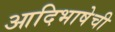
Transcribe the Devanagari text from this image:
आदिभाषेची